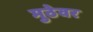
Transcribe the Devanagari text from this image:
मुठेवर